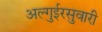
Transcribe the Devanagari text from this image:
अल्गुईरसुवारी